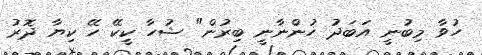
ހުވާ މިބުނީ އަބަދު ހުންނާނީ ބިރުން" ޝުހާ ކީކޭ ހޭ ކިޔާ ދޮރު